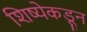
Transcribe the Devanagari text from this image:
शिष्येकडून